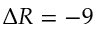
\Delta R = - 9